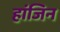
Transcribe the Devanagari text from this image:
हांजिन